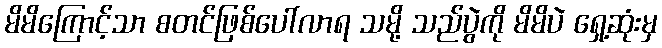
မိမိကြောင့်သာ စတင်ဖြစ်ပေါ်လာရ သမို့ သည်ပွဲကို မိမိပဲ ရှေ့ဆုံးမှ